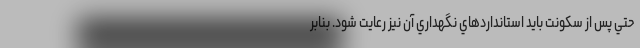
حتي پس از سكونت بايد استانداردهاي نگهداري آن نيز رعايت شود. بنابر